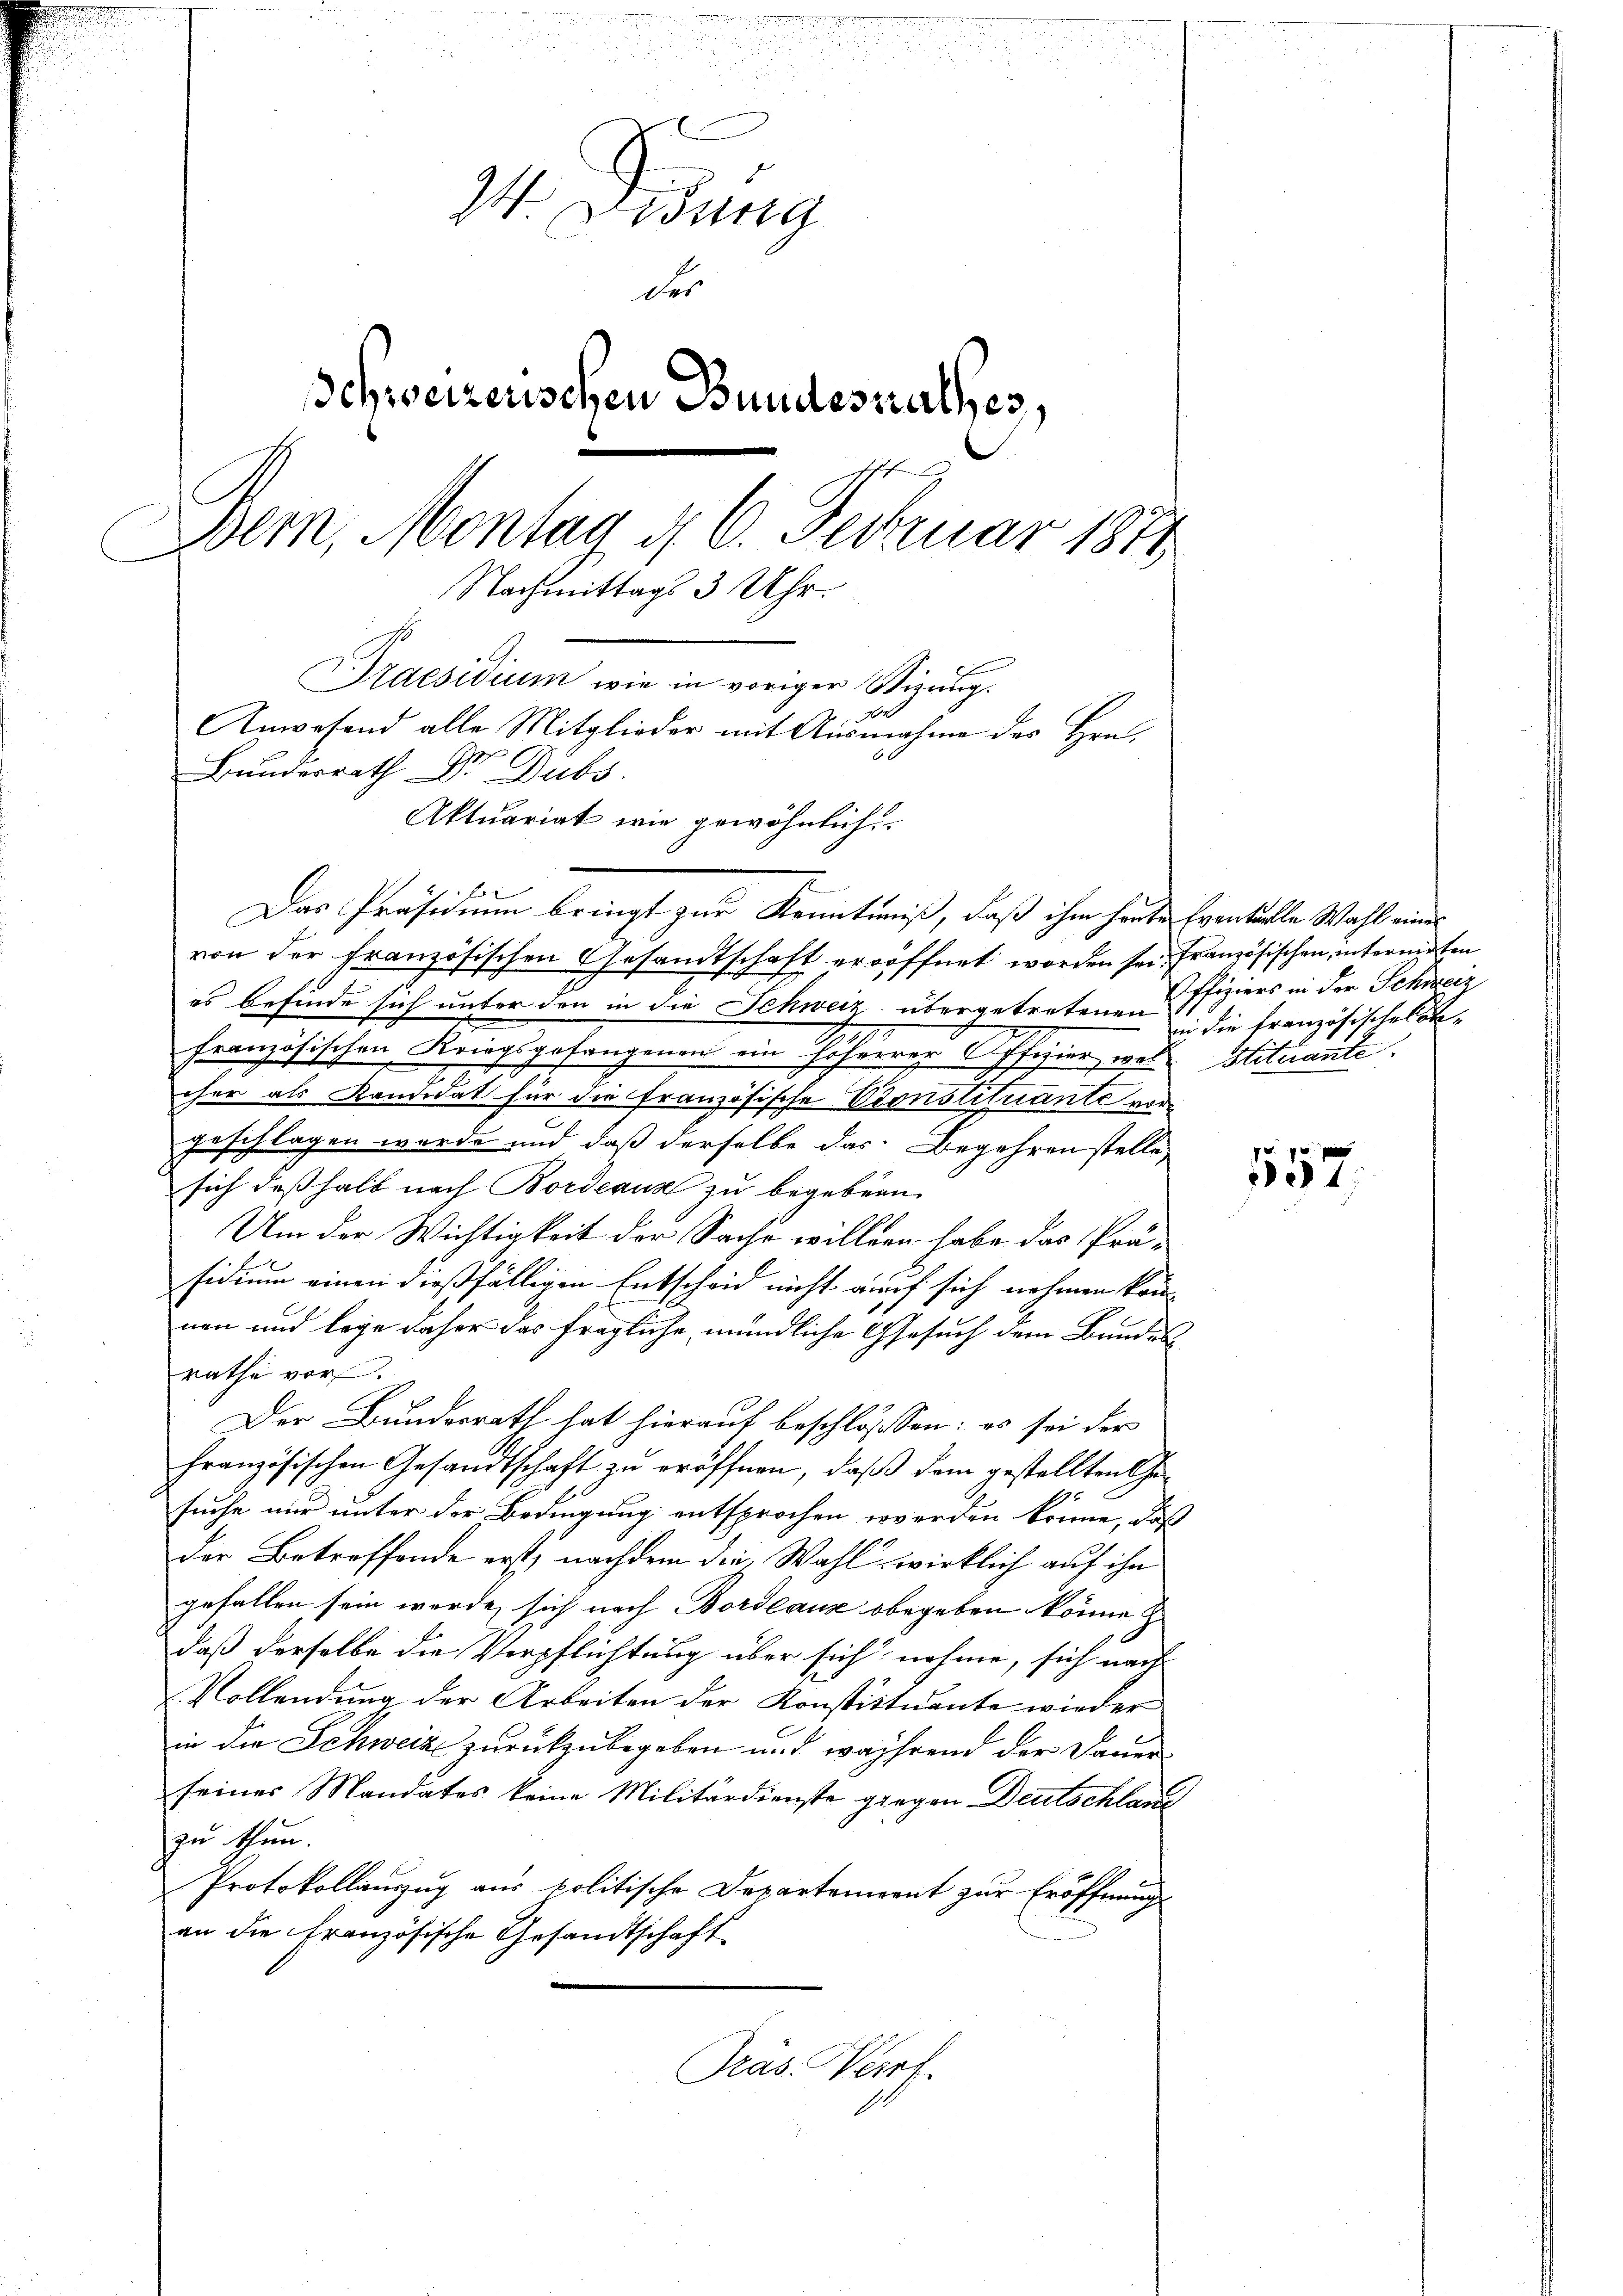
n
u
u
24. Diebung
der
Schweizerischen Bundesrathes,
Wein, Montag d. 6. Februar 1874
Nachmittags 3 Uhr.
Praesidium wie in voriger Stizung.
Anwesend alle Mitglieder mit Ausnahme des Hrn.
Bundesrath Dr. Dubs
Aktuariat wie gewöhnliche

Das Präsidium bringt zur Kenntniß, daß ihm heute Eventelle Wahl einer
von der französischen Gesandtschaft eröffnet worden sei, französischen, internirten
es befinde sich unter den in die Schweiz übergetretenen Offiziers in der Schweiz
.
französischen Kriegsgefangenen ein Hoherrer Offizier, was Situante
cher als Kandidat für die französische Vionstituante vor
geschlagen werde und daß derselbe das Begehren stelle
sich deßhalb nach Bordeaus zu begeben
Um der Wichtigkeit der Sache willern habe das Prä-
sidium einen dießfälligen Entscheid nicht auf sich nehmen könn
nen und lege daher das fragliche mündliche Gesuch dem Bundes
rathe vor.
Der Bundesrath hat hierauf beschlosssen: es sei der
französischen Gesandtschaft zu eröffnen, daß dem gestellten Gesuche nur unter der Bedingung entsprochen werden könne, daß
der Betreffende erst, nachdem die Wahl wirklich auf ihn
gefallen sein werde, sich nach Bordeaus obegeben könne,
daß derselbe die Verpflichtung über sich nehme, sich nach
Vollendung der Arbeiten der Konstituente wieder
in die Schweiz zurückzubegeben und während der Dauer
seines Mandates keine Militärdienste giegen Deutschlauc
zu thun.
Protokollauszug aus politische Departement zur Eröffnung
an die französische Gesandtschaft
Pras. Verf

in die französischekon-

557